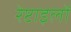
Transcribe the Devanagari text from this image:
रेप्टाइलों